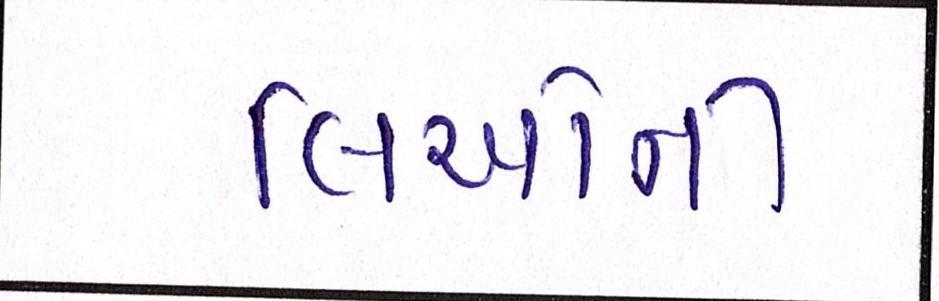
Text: લિઓની